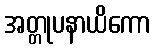
အတ္တုပနာယိကော